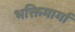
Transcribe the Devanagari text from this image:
भक्तिमार्गा